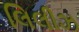
લિલીઝ